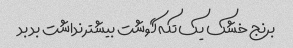
برنج خشک یک تکه گوشت بیشتر نداشت بد بد